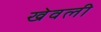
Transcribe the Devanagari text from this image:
खेवली